Proceedings of the meeting of veterinary officers in India
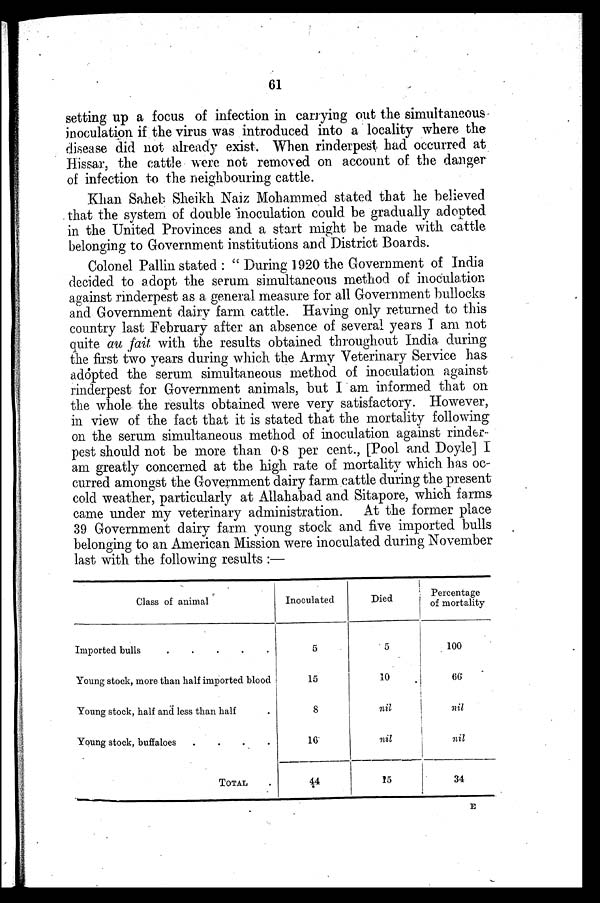
61
setting up a focus of infection in carrying out the simultaneous
inoculation if the virus was introduced into a locality where the
disease did not already exist. When rinderpest had occurred at
Hissar, the cattle were not removed on account of the danger
of infection to the neighbouring cattle.
Khan Saheb Sheikh Naiz Mohammed stated that he believed
that the system of double inoculation could be gradually adopted
in the United Provinces and a start might be made with cattle
belonging to Government institutions and District Boards.
Colonel Pallin stated: "During 1920 the Government of India
decided to adopt the serum simultaneous method of inoculation
against rinderpest as a general measure for all Government bullocks
and Government dairy farm cattle. Having only returned to this
country last February after an absence of several years I am not
quite au fait with the results obtained throughout India during
the first two years during which the Army Veterinary Service has
adopted the serum simultaneous method of inoculation against
rinderpest for Government animals, but I am informed that on
the whole the results obtained were very satisfactory. However,
in view of the fact that it is stated that the mortality following
on the serum simultaneous method of inoculation against rinder-
pest should not be more than 0.8 per cent., [Pool and Doyle] I
am greatly concerned at the high rate of mortality which has oc-
curred amongst the Government dairy farm cattle during the present
cold weather, particularly at Allahabad and Sitapore, which farms
came under my veterinary administration. At the former place
39 Government dairy farm young stock and five imported bulls
belonging to an American Mission were inoculated during November
last with the following results:—
Class of animal
Imported bulls
.
.
.
.
.
Young stock, more than half imported blood
Young stock, half and less than half.
Young stock, buffaloes
.
.
.
.
TOTAL .
Inoculated
5
15
8
16
44
Died
5
10
nil
nil
15
Percentage
of mortality
100
66
nil
nil
34
E